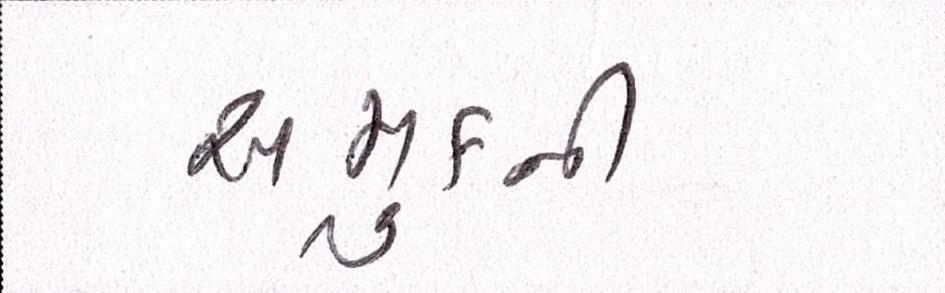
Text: અમુકની